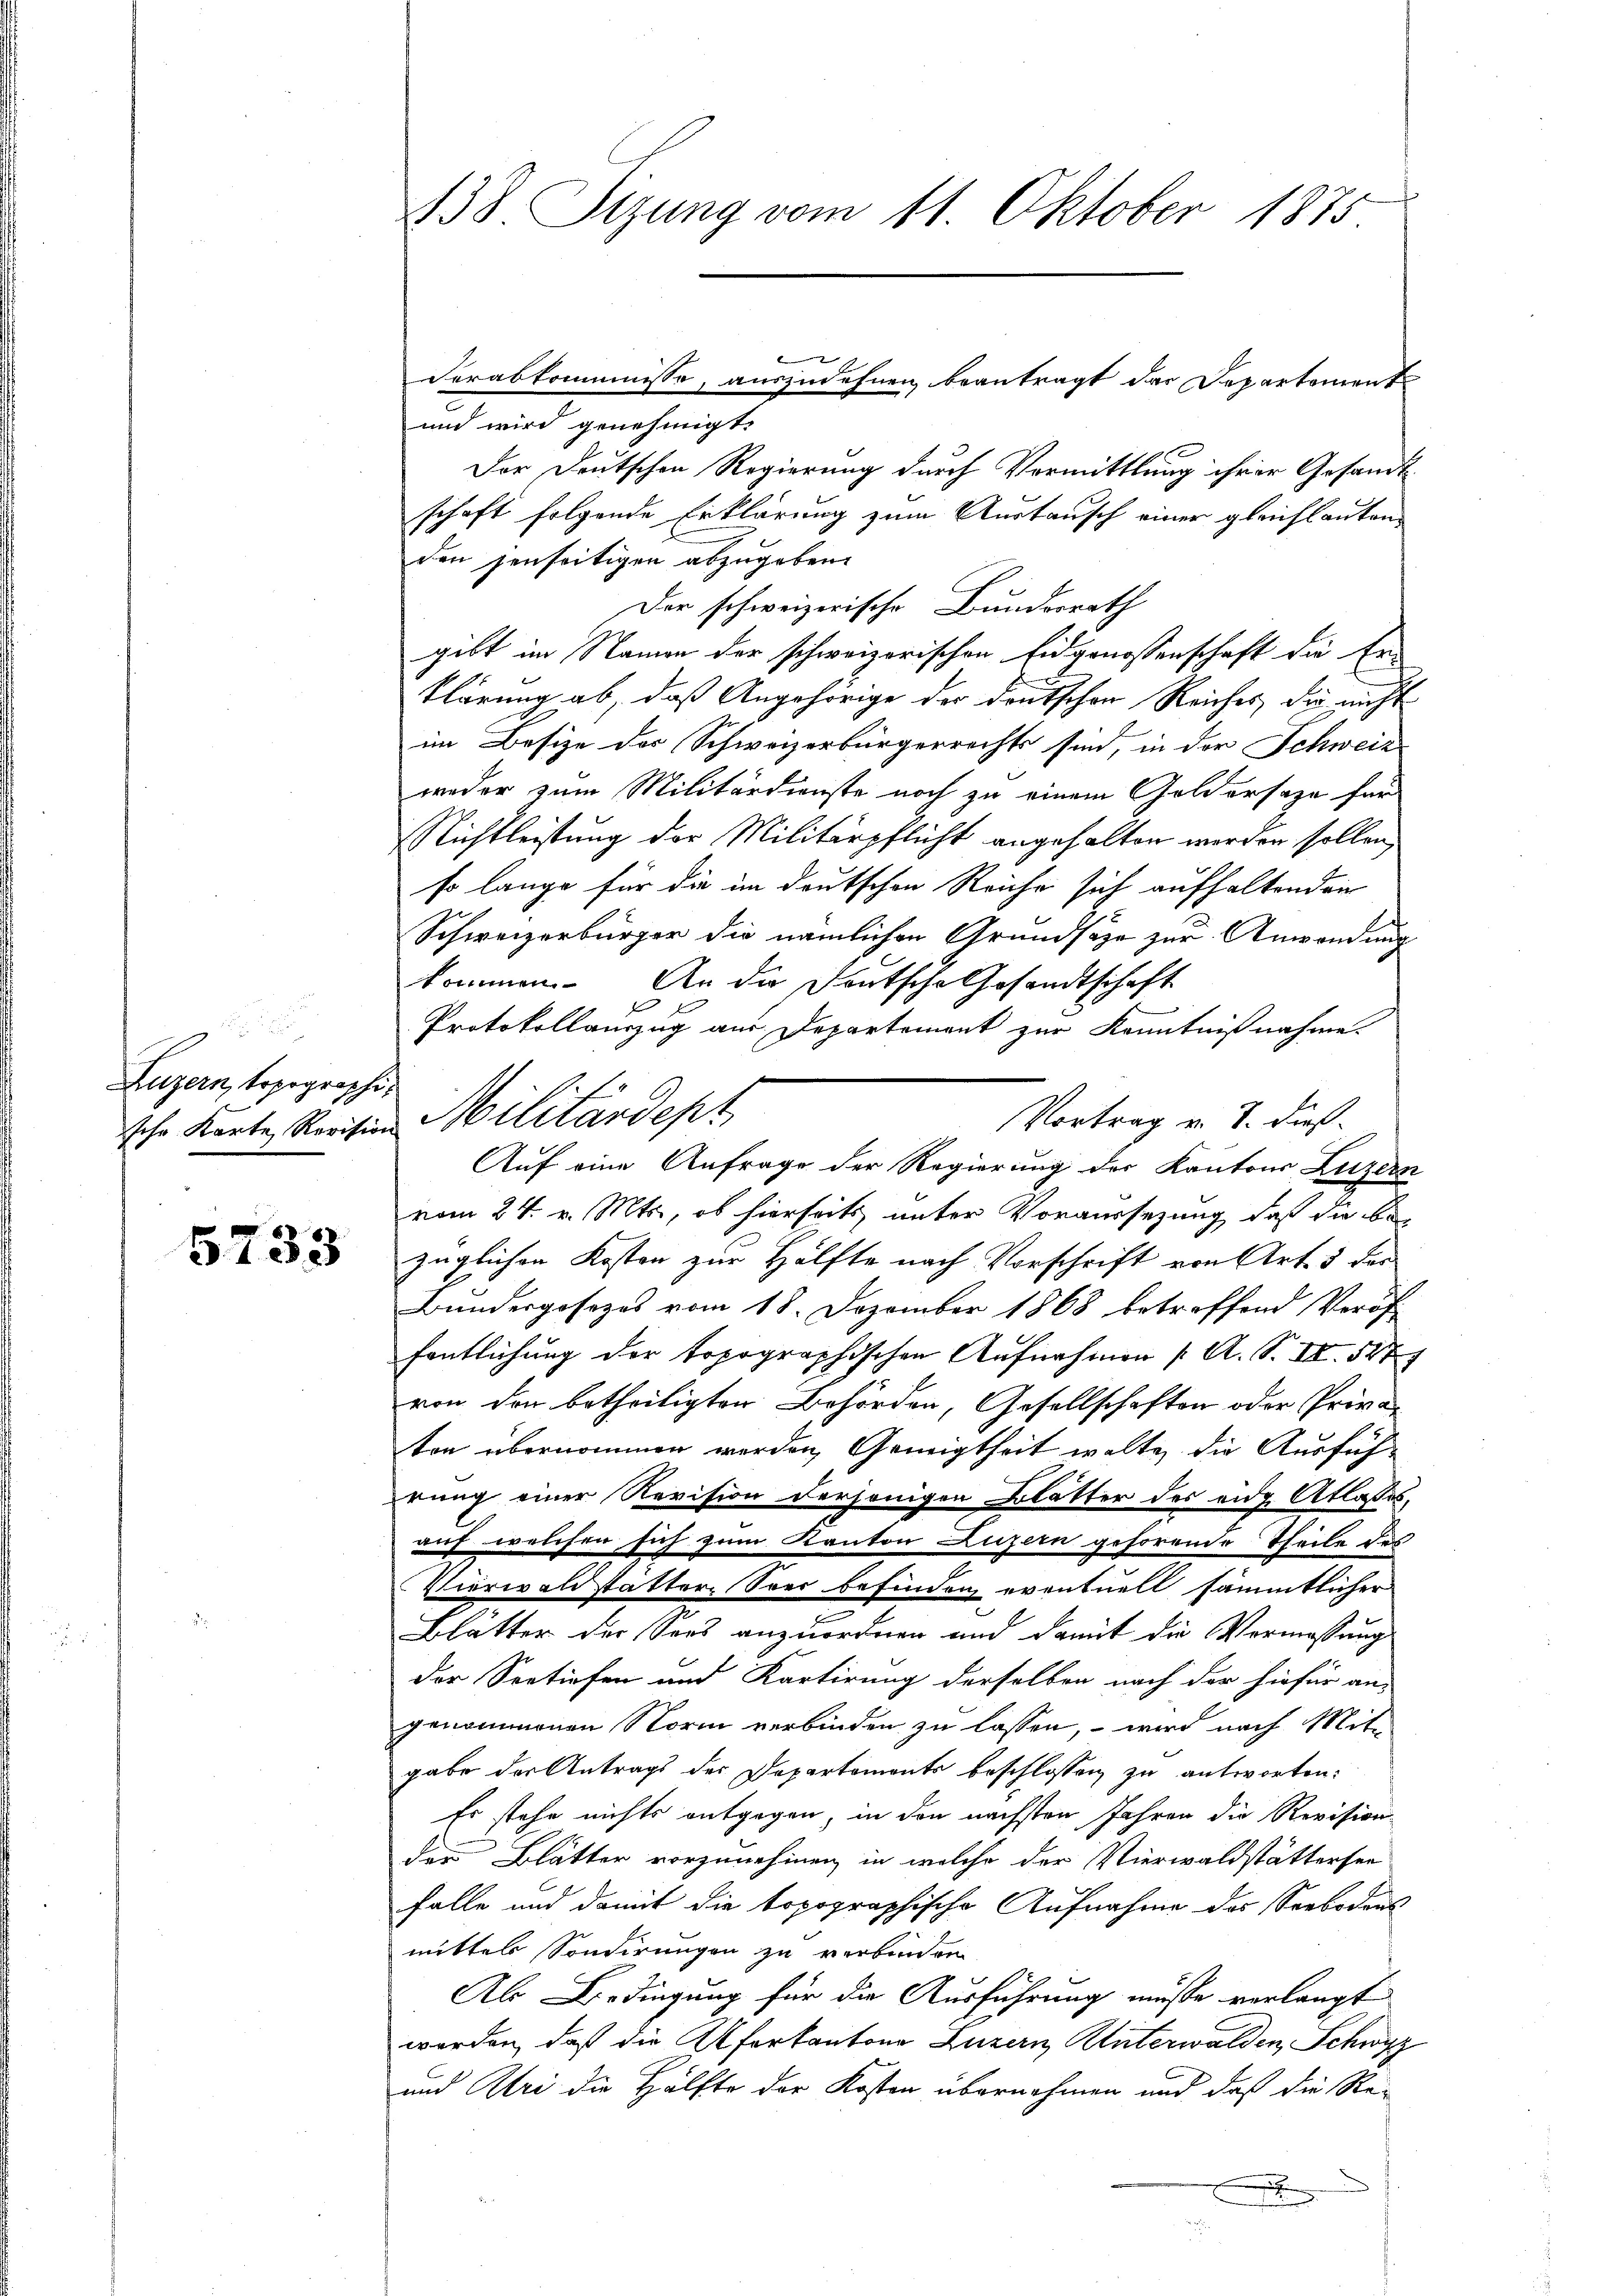
s
Luzern, topographi¬

5733

438. Sizung vom 11. Oktober 1875

und wird genehmigt.
Der Deutschen Regierung durch Vormittlung ihrer Gesandtschaft folgende Erklärung zum Austausch einer gleichlauten
den jenseitigen abzugeben.
Der schweizerische Bundesrath
gibt im Namen der schweizerischen Eidgenossenschaft die Erklärung ab, daß Angehörige der deutschen Reiches, die nicht
im Besize der Schweizerbürgerrechts sind, in der Schweiz
weder zum Militärdienste noch zu einem Goldersage für
Richtleistung der Militärpflicht angehalten werden sollen,
so lange für die im deutschen Reiche sich aufhaltenden
Schweizerbürger die nämlichen Grundsätze zur Anwendung
kommen. An die Deutsche Gesandtschaft
 f
Protokollauszug aus Departement zur Kenntnißnahme.
Auf eine Anfrage der Regierung der Kantons Luzern
vom 24. v. Mts., ob hierseits unter Voraussetzung, daß die be-
züglichen Kosten zur Hälfte nach Vorschrift von Art. 5 der
Bundergosezes vom 18. Dezember 1868 betreffend Veröf
fentlichung der topographischen Aufnahmen ( A. S. II. 527
von den betheiligten Behörden, Gesellschaften oder Privaton übernommen werden Gewigtheit walte die Ausfüh-
irung einer Revision derjenigen Blätter des eide Atlaßes,
auf welchen sich zum Kanton Luzern gehörende Theile des
Vierwaldstatter, Soer befinden eventuell sämmtlicher
Blätter der Sees anzuordnen und damit die Vermessung
der Seetiefen und Kartirung derselben nach der hiefür an-
genommenen Norm verbinden zu lassen, – wird nach Mit-
gabe der Antrags des Departements beschlossen zu antworten:
Es stehe nichts entgegen, in den nächsten Jahren die Revision
der Blätter vorzunehmen, in welche der Vierwaldstättersee
falle und damit die topographische Aufnahme des Seebodenk
mittels Sondirungen zu verbinden
Als Bedingung für die Ausführung müsse verlangt
worden, daß die Uferkantone Luzern Unterwalden, Schwyz
und Uri die Hälfte der Kosten übernehmen und daß die Rex

Verabkommnisse, auszudehnen beantragt der Departement

Vortrag v. J. dießsche Karte Revision Militärdept